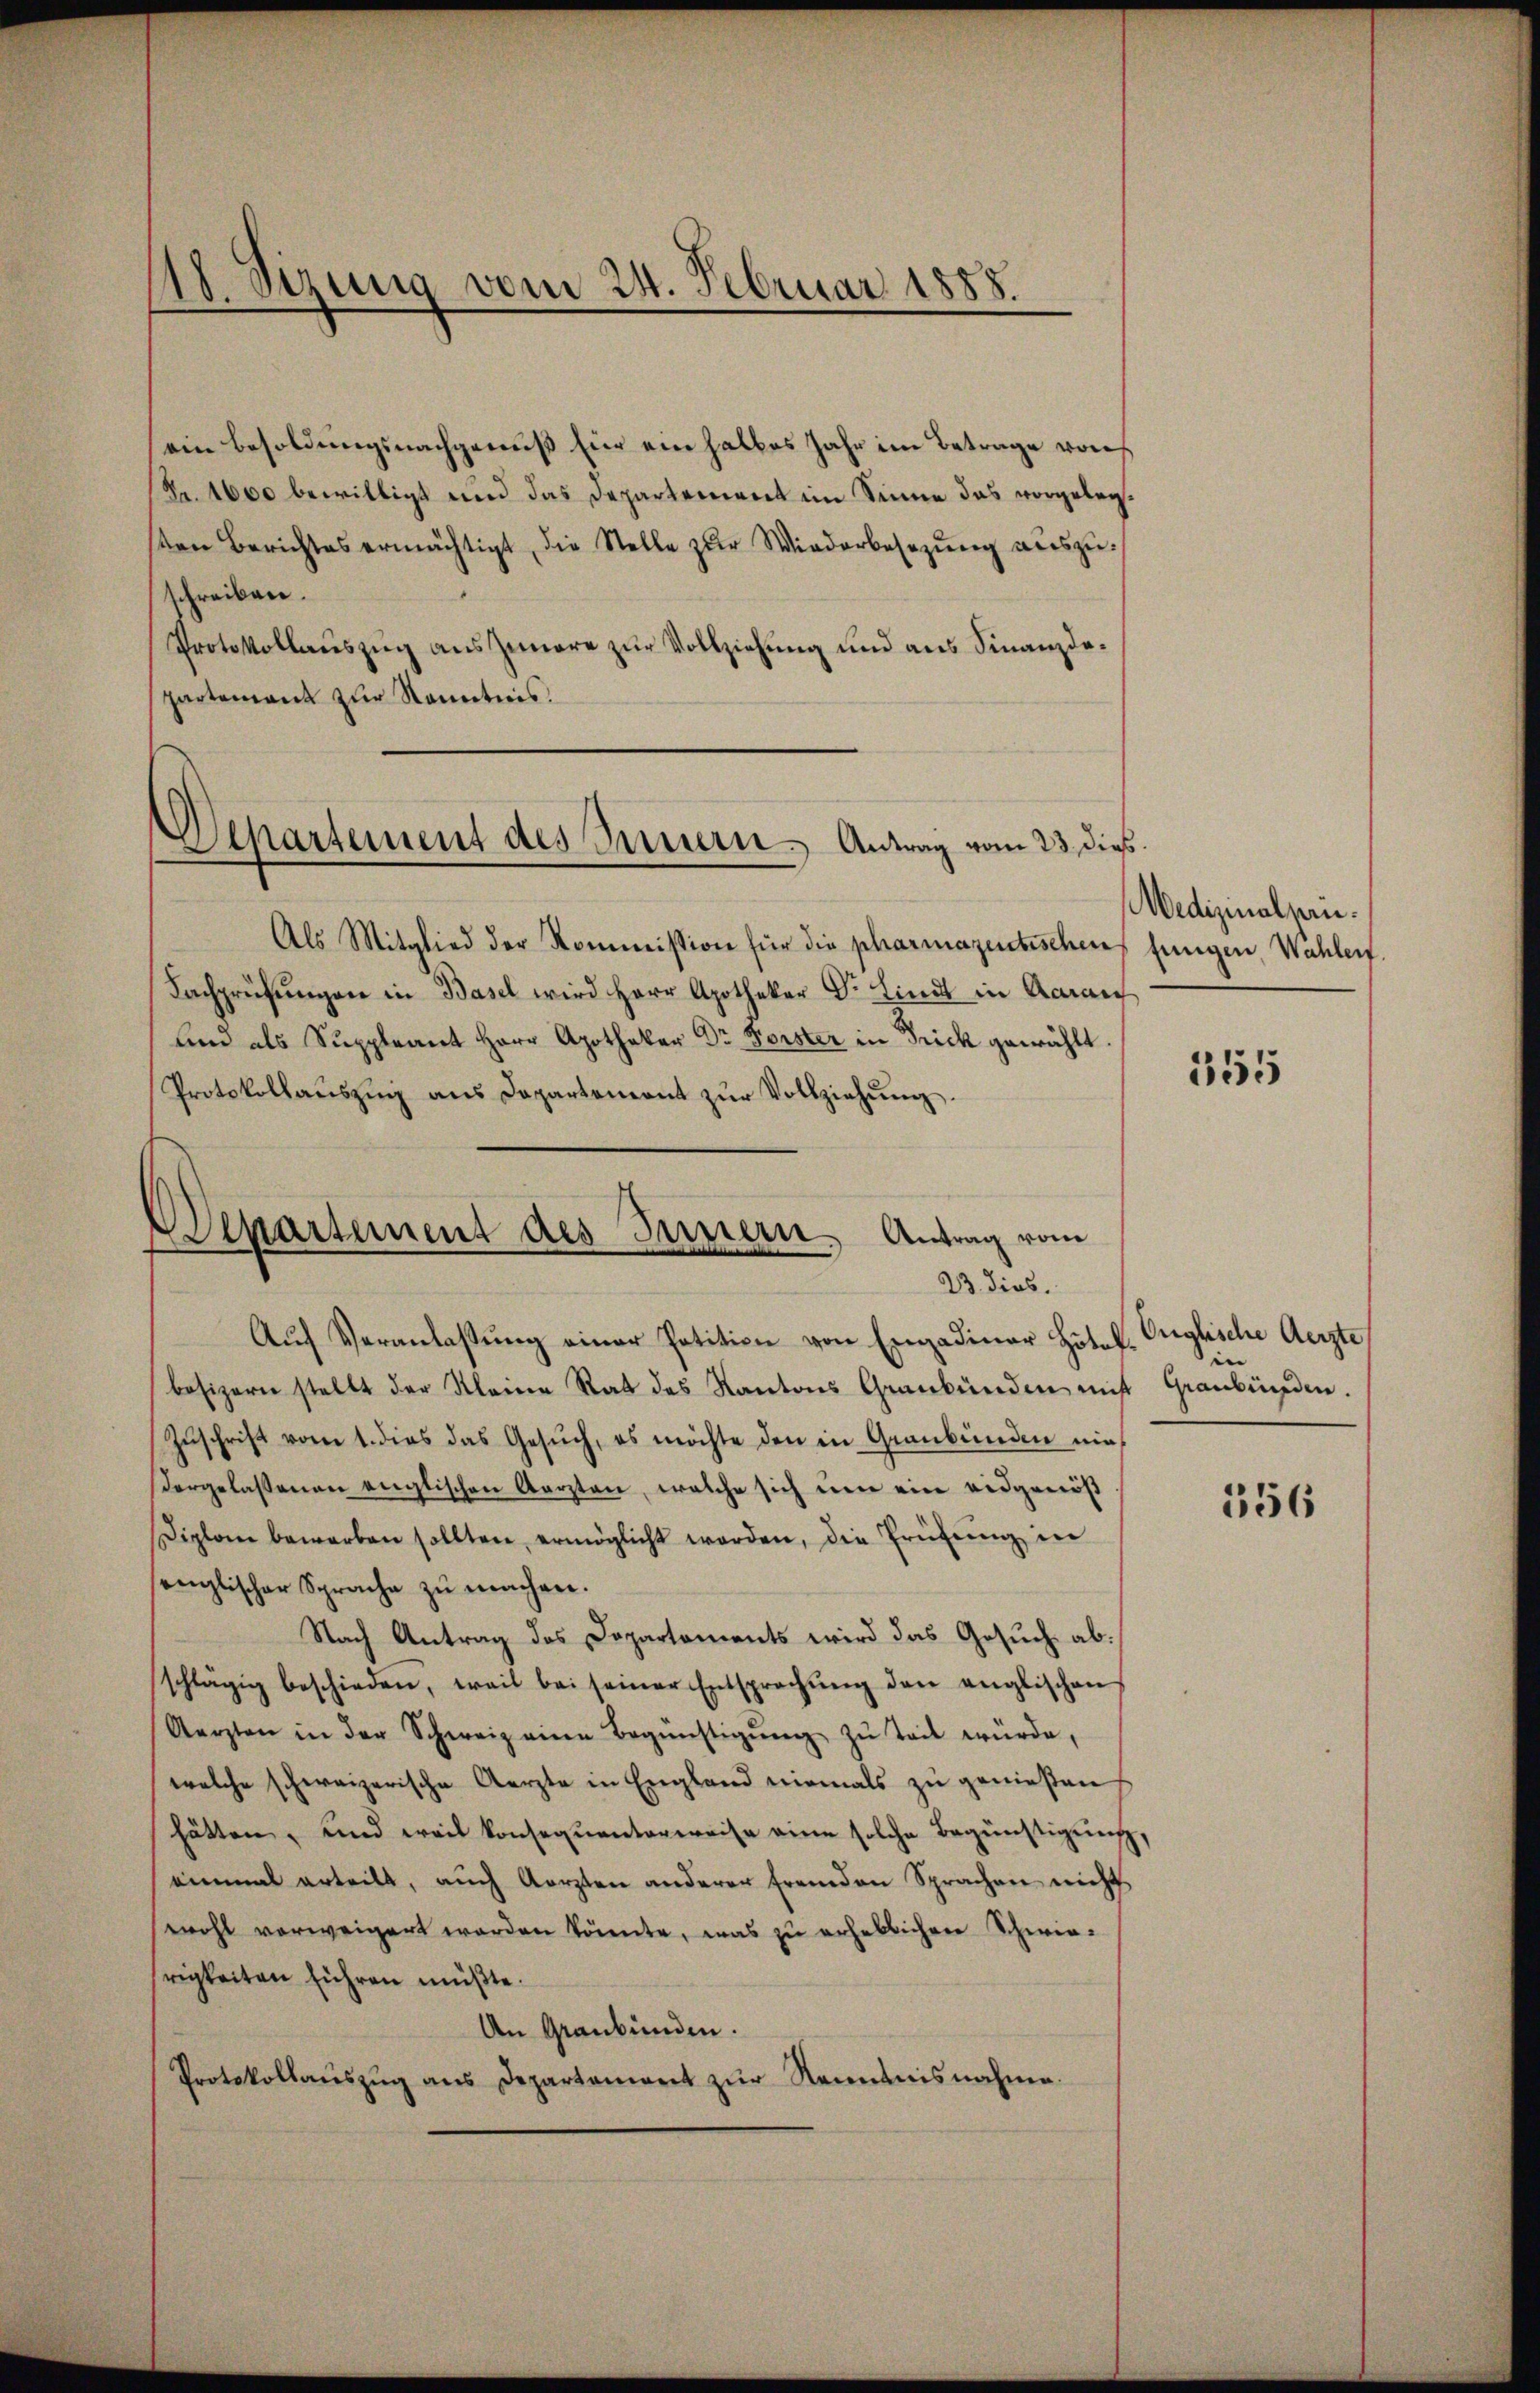
18. Sizung vom 24. Februar 1885

Separtement des Innern. Antrag vom 23. dies

Departement des Innern. Antrag vom
23. dies.

ein Besoldungsnachgenuß für ein halbes Jahr im Betrage vors
(Fr. 1600 bewilligt und das Departement im Sinne das vorgelegsten Berichtes ermächtigt, die Stelle zŭr Wiederbesezung auszuschreiben.
Protokollauszug aus Innere zur Vollziehung und aus Finanzdopartement zur Kenntnis.

Als Mitglied der Kommission für die pharmazentischens eingen, Wahlerf
Fachprüfŭngen in Basel wird Herr Apotheker Dr. Lindt in Aarau
und als Suppleant Herr Apotheker Dr. Forster in Frick gewählt.
Protokollaŭszŭg ans Departement zŭr Vollziehŭng.
Aŭf Veranlassung einer Potition von Engadiner Hotel. Englische Aerzte,
besizern stellt der Kleine Rat des Kantons Graubünden nicht Graubünden.
Zuschrift vom 1. dies das Gesuch, es möchte den in Graubünden niedergelassenen englischen Aerzten, welche sich um ein eidgenöß
iplom bewerben sollten, ermöglicht worden, die Prüfŭng in
englischer Sprache zŭ machen.
Nach Antrag des Departements wird das Gesuch abschlägig beschieden, weil bei seiner Entsprechŭng den englischen
Aerzten in der Schweiz eine Begünstigŭng zŭ teil würde,
welche schweizerische Aerzte in England niemals zu geniessen
hätten, und weil konsequenterweise eine solche Begünstigung
einmal erteilt, aŭch Aerzten anderer fremden Sprachen nicht
wohl verweigert worden könnte, was zu erheblichen Schwierigkeiten führen müßte.
An Graubünden.
Protokollaŭszŭg ans Departement zŭr Nenntnisnahme.

Medizinalperie.

355

in

556